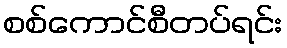
စစ်ကောင်စီတပ်ရင်း